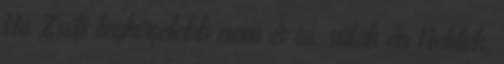
Ha Zsófi legközelebb nem ér rá, sütök én Nektek,